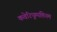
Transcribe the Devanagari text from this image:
कवेरिपूम्पत्तिनम